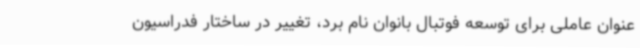
عنوان عاملی برای توسعه فوتبال بانوان نام برد، تغییر در ساختار فدراسیون